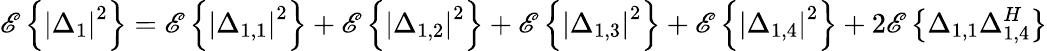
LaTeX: \mathscr{E}\left\{ \left|\Delta_{1}\right|^{2}\right\} =\mathscr{E}\left\{ \left|\Delta_{1,1}\right|^{2}\right\} +\mathscr{E}\left\{ \left|\Delta_{1,2}\right|^{2}\right\} +\mathscr{E}\left\{ \left|\Delta_{1,3}\right|^{2}\right\} +\mathscr{E}\left\{ \left|\Delta_{1,4}\right|^{2}\right\} +2\mathscr{E}\left\{ \Delta_{1,1}\Delta_{1,4}^{H}\right\}